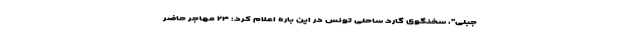
جبلی"، سخنگوی گارد ساحلی تونس در این باره اعلام کرد: ۲۴ مهاجر حاضر